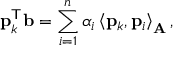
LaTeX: \mathbf { p } _ { k } ^ { \mathsf { T } } \mathbf { b } = \sum _ { i = 1 } ^ { n } \alpha _ { i } \left\langle \mathbf { p } _ { k } , \mathbf { p } _ { i } \right\rangle _ { \mathbf { A } } ,